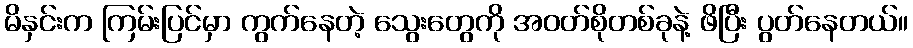
မိနှင်းက ကြမ်းပြင်မှာ ကွက်နေတဲ့ သွေးတွေကို အဝတ်စိုတစ်ခုနဲ့ ဖိပြီး ပွတ်နေတယ်။